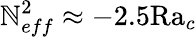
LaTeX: \mathbb{N}_{eff}^{2}\approx-2.5\textrm{{Ra}}_{c}